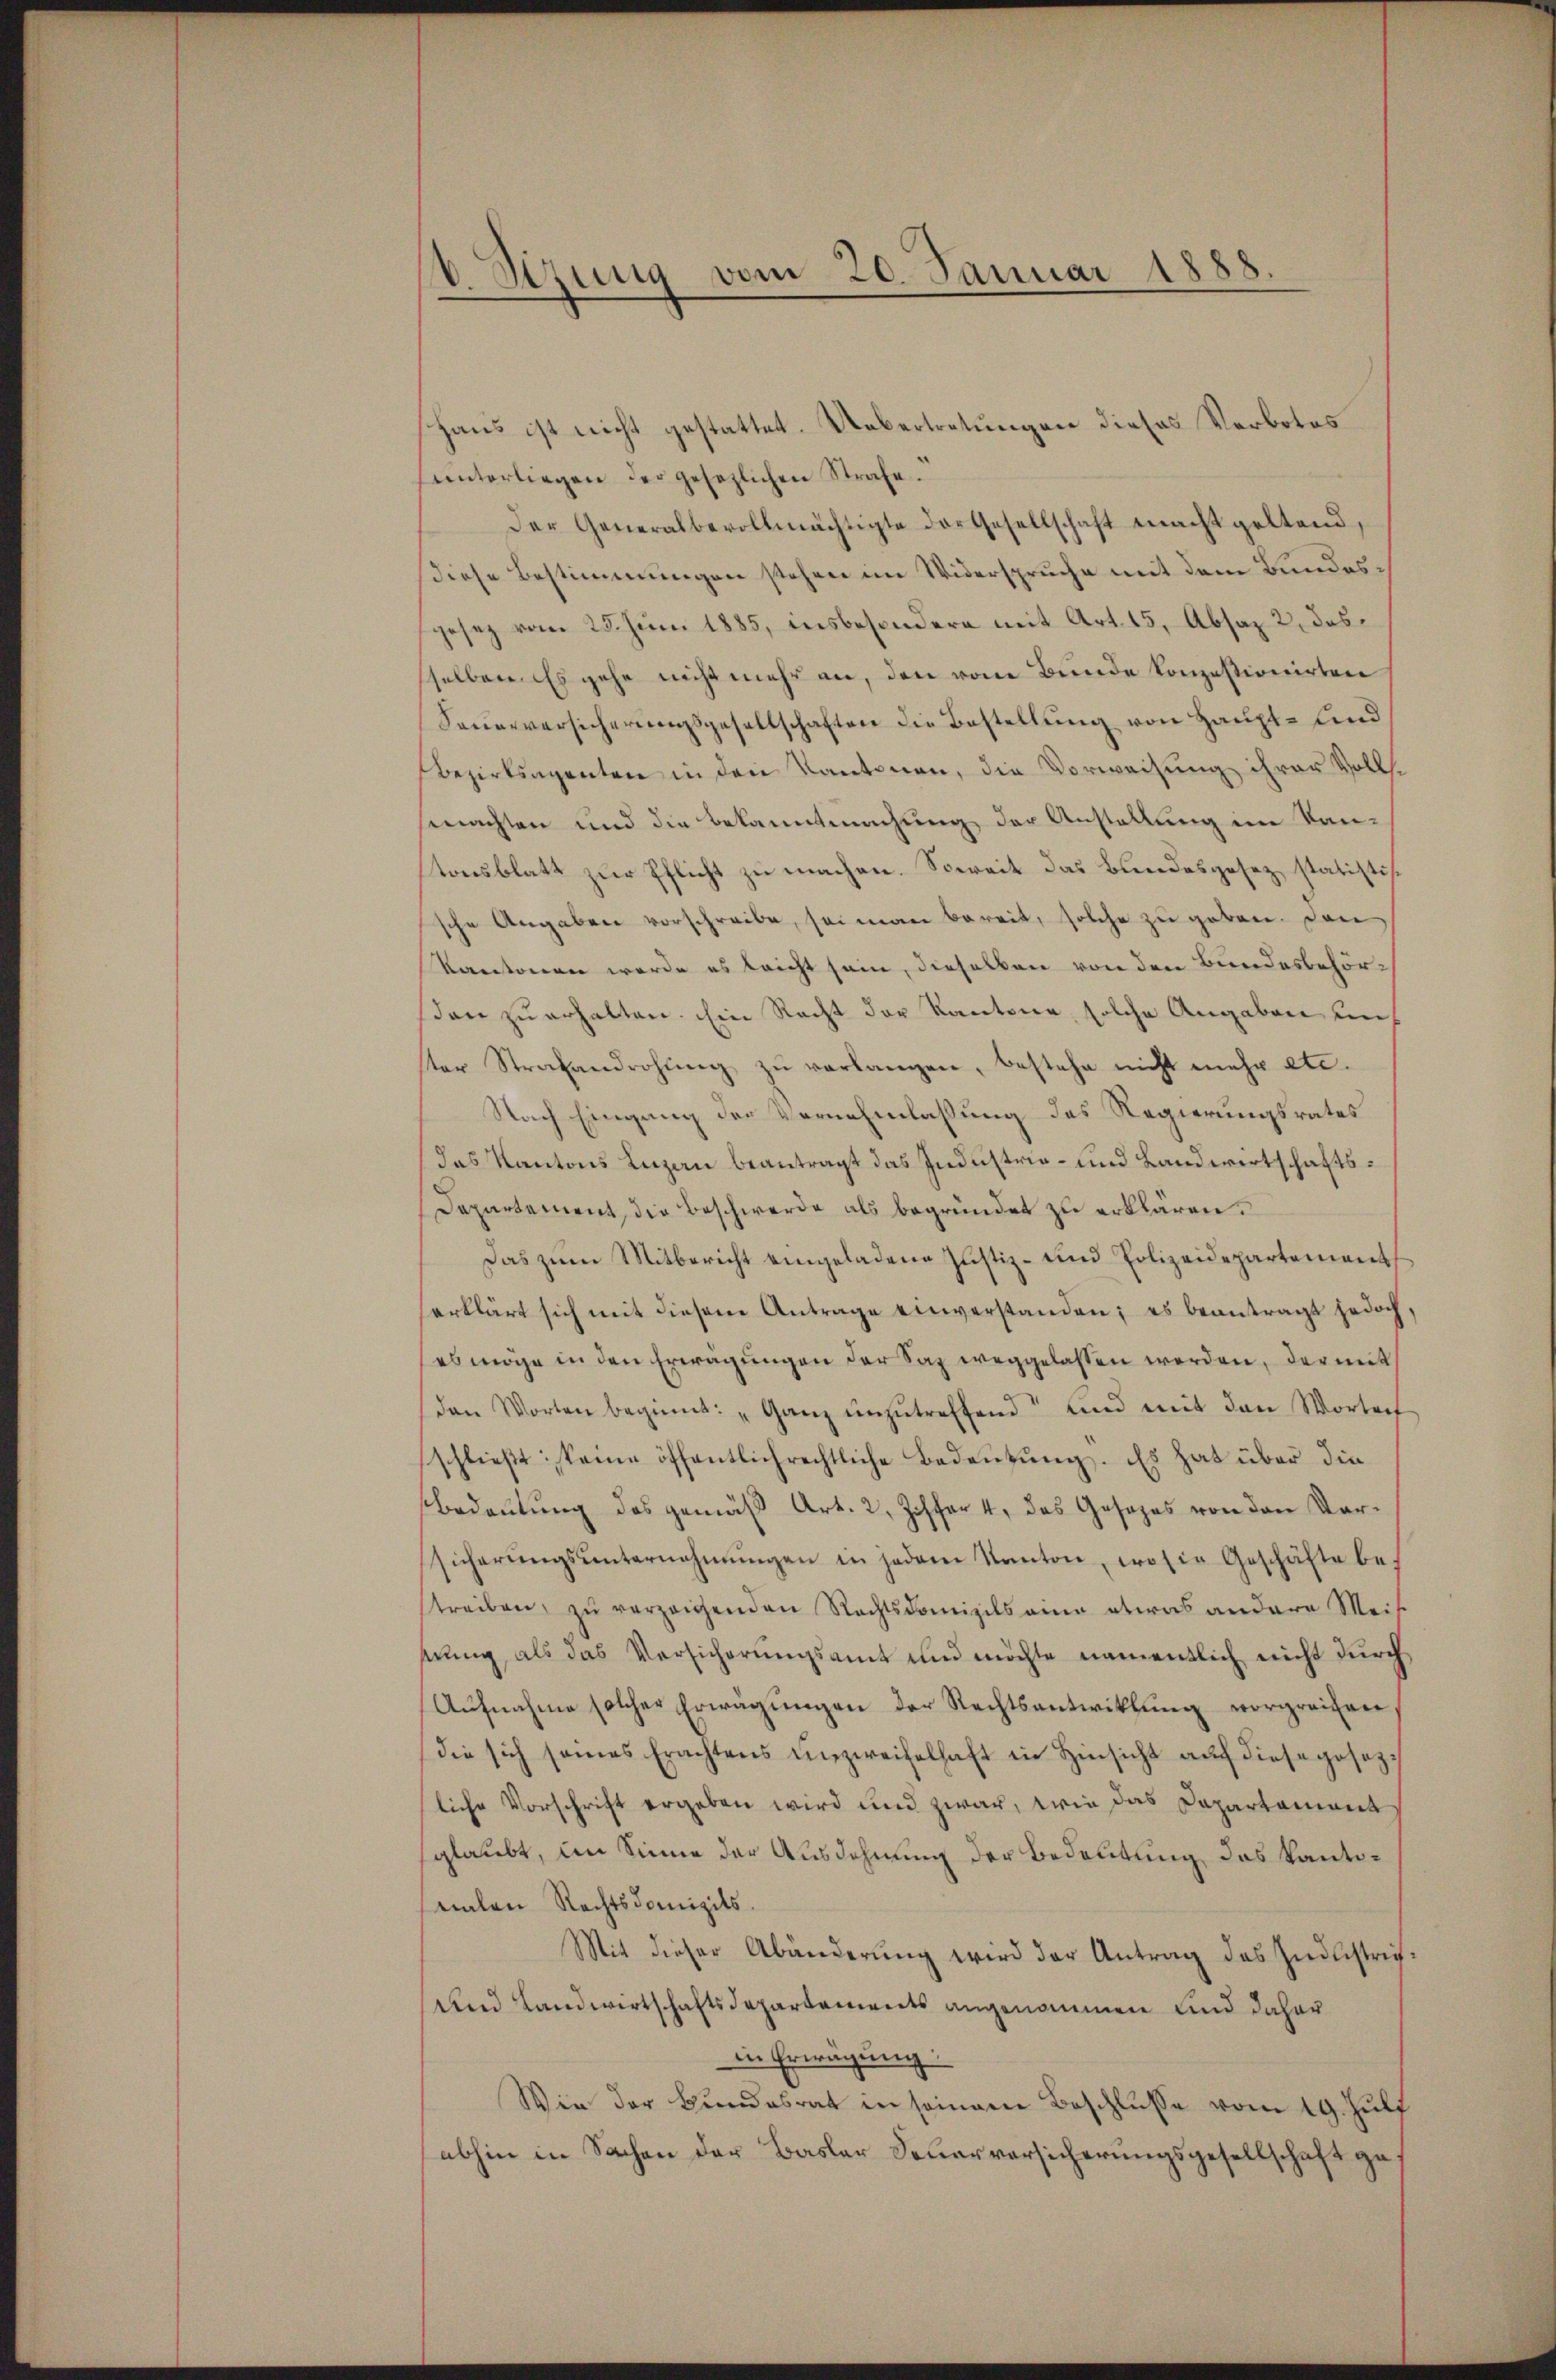
C. Stzung vom 20. Januar 1888

shaus ist nicht gestattet. Uebertretungen dieses Verbotes
hunterliegen der gesetzlichen Strafe.
Der Generalbevollmächtigte der Gesellschaft macht geltend,
diese Bestimmungen stehen im Widerspruche mit dem Bundesgesetz vom 25. Juni 1885, insbesondere mit Art. 15, Absaz 2, das
sselben. Es gehe nicht mehr an, den vom Bunde konzessionirten
Feuerversicherungsgesellschaften die Bestellung von Haupt- und
Bezirksagenten in den Kantonen, die Vorweisung ihrer Vollsmachten und die Bekanntmachung der Anstellung im Kantonsblatt zur Pflicht zu machen. Soweit das Bundesgesez statistis
sche Angaben vorschreibe, sei man bereit, solche zu geben. Den
Kantonen werde es leicht sein, dieselben von den Bundesbehörson zu erhalten. Ein Recht der Kantone, solche Angaben auch
ter Strafandrohŭng zŭ verlangen, bestehe nicht mehr etc.
Nach Eingang der Vernehmlassung des Regierungsrates
das Kantons Luzern beantragt das Industrie- und Landwirtschafts¬
Departement die Beschwerde als begründet zu erklären.
Das zŭm Mitbericht eingeladene Justiz- und Polizeidepartement
erklärt sich mit diesem Antrage einverstanden; es beantragt jedoch,
es möge in den Erwägungen der Sax weggelassen werden, der mit
den Worten beginnt: „Ganz einzŭtreffend und mit den Worte
schlieβt: keine öffentlich rechtliche Bedeutung. Es hat über die
Bedeutung des gemäß Art. 2, Ziffer 4, das Gesezes von den Vorsicherŭngsŭnternehmungen in jedem Kanton, wo sie Geschäfte be-
streiben, zŭ verzeigenden Rechtsdomizils eine etwas andere Meisung, als das Versicherungsamt und möchte namentlich nicht durch
Aŭfnahme solcher Erwägŭngen der Rechtsantwicklung vorgreifen
die sich seines Erachtens unzweifelhaft in Hinsicht aŭf diese gesezliche Vorschrift ergeben wird und zwar, wie das Departament
sglaubt, im Sinne der Ausdehnung der Bedeutung des Kantomalen Rechtsdomizils
Mit dieser Abänderung wird der Antrag des Industrich¬
und Landwirtschaftsdepartements angenommen und daher
in Erwägung
Wie der Bundesrat in seinem Beschlusse vom 19. Juli
abhin in Sachen der Basler Feuervorsicherungsgesellschaft ge¬